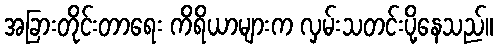
အခြားတိုင်းတာရေး ကိရိယာများက လှမ်းသတင်းပို့နေသည်။